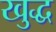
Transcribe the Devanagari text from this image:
खुद्ध